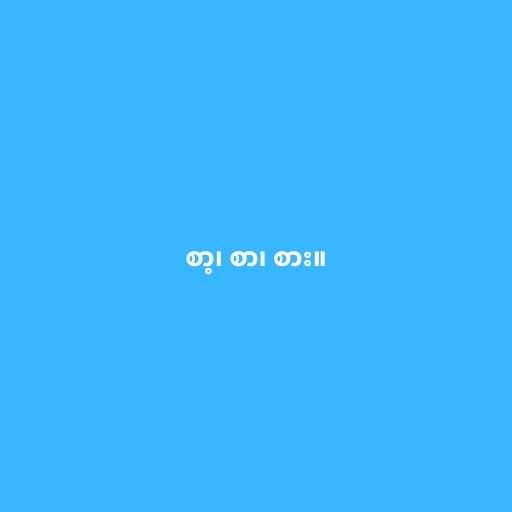
စာ့၊ စာ၊ စား။